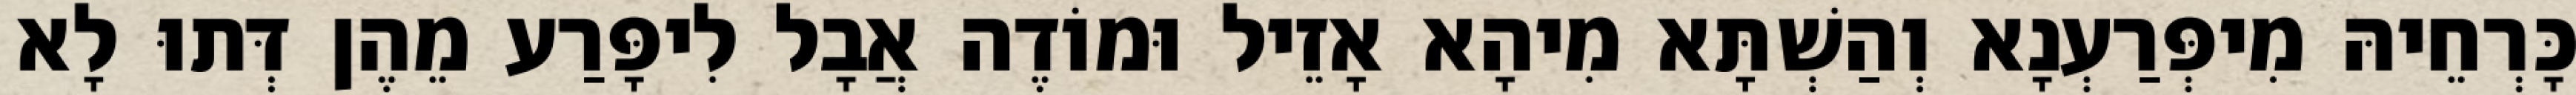
כָּרְחֵיהּ מִיפְּרַעְנָא וְהַשְׁתָּא מִיהָא אָזֵיל וּמוֹדֶה אֲבָל לִיפָּרַע מֵהֶן דְּתוּ לָא